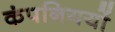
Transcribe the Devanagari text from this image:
कंपनिययों